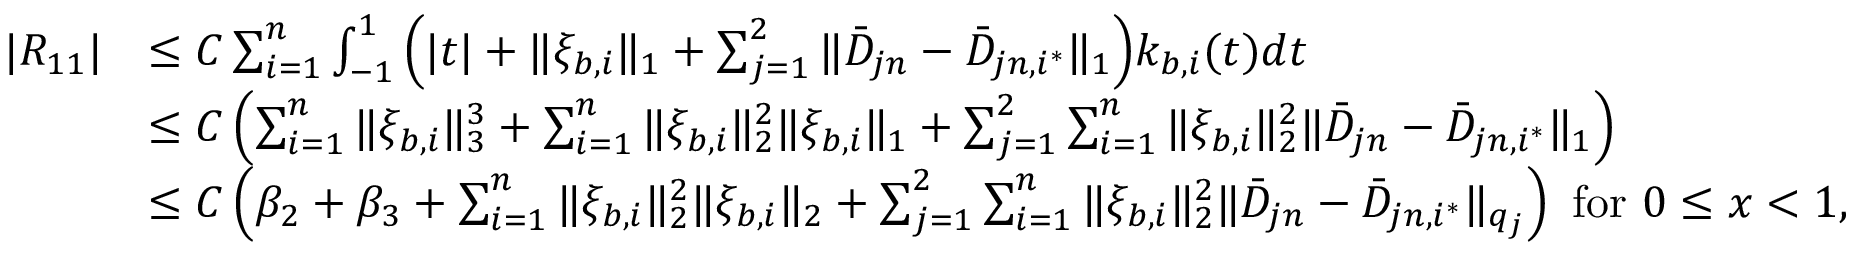
\begin{array} { r l } { | R _ { 1 1 } | } & { \leq C \sum _ { i = 1 } ^ { n } \int _ { - 1 } ^ { 1 } \Big ( | t | + \| \xi _ { b , i } \| _ { 1 } + \sum _ { j = 1 } ^ { 2 } \| \bar { D } _ { j n } - \bar { D } _ { j n , i ^ { * } } \| _ { 1 } \Big ) k _ { b , i } ( t ) d t } \\ & { \leq C \left( \sum _ { i = 1 } ^ { n } \| \xi _ { b , i } \| _ { 3 } ^ { 3 } + \sum _ { i = 1 } ^ { n } \| \xi _ { b , i } \| _ { 2 } ^ { 2 } \| \xi _ { b , i } \| _ { 1 } + \sum _ { j = 1 } ^ { 2 } \sum _ { i = 1 } ^ { n } \| \xi _ { b , i } \| _ { 2 } ^ { 2 } \| \bar { D } _ { j n } - \bar { D } _ { j n , i ^ { * } } \| _ { 1 } \right) } \\ & { \leq C \left( \beta _ { 2 } + \beta _ { 3 } + \sum _ { i = 1 } ^ { n } \| \xi _ { b , i } \| _ { 2 } ^ { 2 } \| \xi _ { b , i } \| _ { 2 } + \sum _ { j = 1 } ^ { 2 } \sum _ { i = 1 } ^ { n } \| \xi _ { b , i } \| _ { 2 } ^ { 2 } \| \bar { D } _ { j n } - \bar { D } _ { j n , i ^ { * } } \| _ { q _ { j } } \right) \mathrm { ~ f o r ~ } 0 \leq x < 1 , } \end{array}